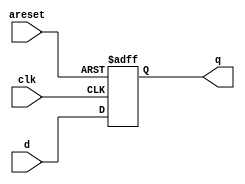
// Create 8 D flip-flops with active high asynchronous reset. All DFFs should be triggered by the positive edge of clk.
module top_module(
	input clk,
	input [7:0] d,
	input areset,
	output reg [7:0] q);
	
	// The only difference in code compared to synchronous reset is in the sensitivity list.
	always @(posedge clk, posedge areset)
		if (areset)
			q <= 0;
		else
			q <= d;


	// In Verilog, the sensitivity list looks strange. The FF's reset is sensitive to the
	// *level* of areset, so why does using "posedge areset" work?
	// To see why it works, consider the truth table for all events that change the input 
	// signals, assuming clk and areset do not switch at precisely the same time:
	
	//  clk		areset		output
	//   x		 0->1		q <= 0; (because areset = 1)
	//   x		 1->0		no change (always block not triggered)
	//  0->1	   0		q <= d; (not resetting)
	//  0->1	   1		q <= 0; (still resetting, q was 0 before too)
	//  1->0	   x		no change (always block not triggered)
	
endmodule